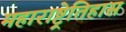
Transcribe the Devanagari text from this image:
महाराष्ट्रेतिहास